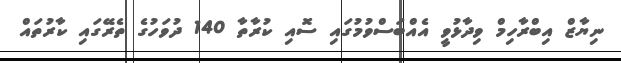
ނިޔާޒް އިބްރާހިމް ވިދާޅުވީ އެއްބަސްވުމުގައި ސޮއި ކުރާތާ 140 ދުވަހުގެ ތެރޭގައި ކާރުތައް